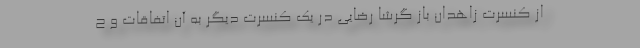
از کنسرت زاهدان باز گرشا رضایی در یک کنسرت دیگر به آن اتفاقات و ح